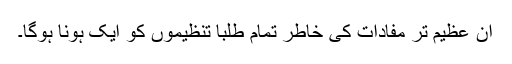
ان عظیم تر مفادات کی خاطر تمام طلبا تنظیموں کو ایک ہونا ہوگا۔